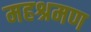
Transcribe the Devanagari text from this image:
महश्रमण